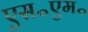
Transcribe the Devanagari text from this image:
एस॰एम॰